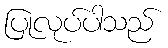
ပြုလုပ်ပါသည်